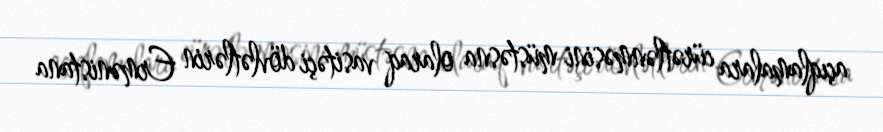
açıqlamalara cürətlənməsini müstəsna olaraq vasitəçi dövlətlərin Ermənistana